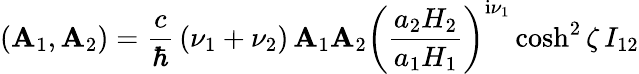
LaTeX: \left(\mathbf{A}_{1},\mathbf{A}_{2}\right)=\frac{{c}}{{\hbar}}\, (\nu_{1}+\nu_{2})\, {\cal\mathbf{A}}_{1}{\cal\mathbf{A}}_{2}\left(\frac{{a_{2}H_{2}}}{{a_{1}H_{1}}}\right)^{\mathrm{{i}}\nu_{1}}\cosh^{2}\zeta\, I_{12}